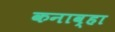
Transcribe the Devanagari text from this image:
कनाव्हा